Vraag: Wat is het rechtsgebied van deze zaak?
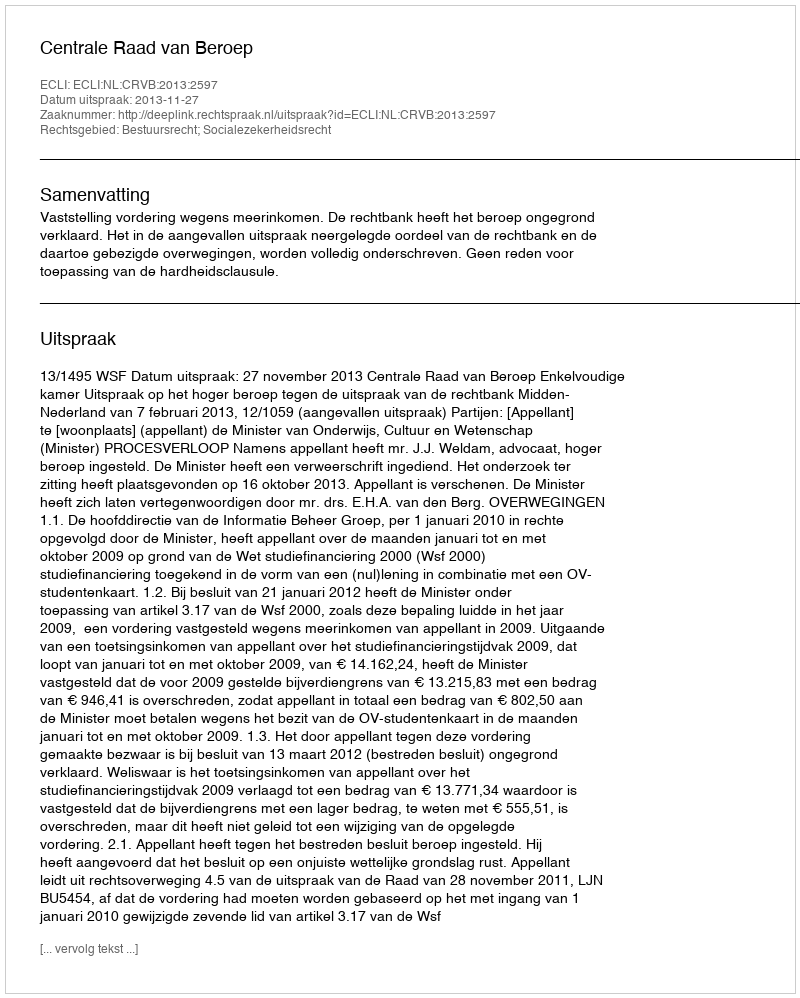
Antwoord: Bestuursrecht; Socialezekerheidsrecht